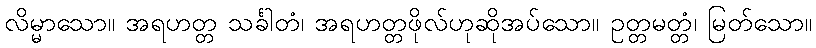
လိမ္မာသော။ အရဟတ္တ သင်္ခါတံ၊ အရဟတ္တဖိုလ်ဟုဆိုအပ်သော။ ဥတ္တမတ္တံ၊ မြတ်သော။